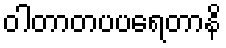
ဝါတာတပပရေတာနိ